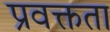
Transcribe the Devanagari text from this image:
प्रवक्तता